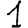
Digit: 1